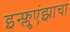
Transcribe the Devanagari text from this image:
इन्फ्लुएंझाचा